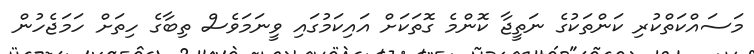
މަސައްކަތްކުރި ކަންތަކުގެ ނަތީޖާ ކޮންމެ ގޮތަކަށް އައިކަމުގައި ވީނަމަވެސް ތިބާގެ ހިތަށް ހަމަޖެހުން